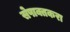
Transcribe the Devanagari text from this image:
सेपाक्तकरा